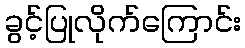
ခွင့်ပြုလိုက်ကြောင်း